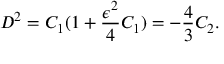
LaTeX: { \cal D } ^ { 2 } = C _ { 1 } ( 1 + \frac { \epsilon ^ { 2 } } { 4 } C _ { 1 } ) = - \frac { 4 } { 3 } C _ { 2 } .